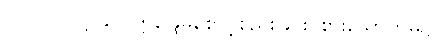
ပါ-၂၁၁၊ ဋ္ဌ-၉၂၊ ဣန္ဒြေမစောင့်စည်းခြင်း၊ စားသောက်မှု၌